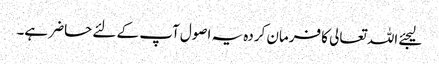
لیجئے اللہ تعالی کا فرمان کردہ یہ اصول آپ کے لئے حاضر ہے۔